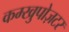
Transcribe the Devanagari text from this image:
कम्खुपोज़टर